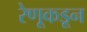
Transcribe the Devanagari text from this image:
रेणूकडून